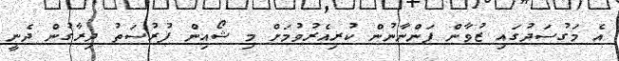
އެ މަގުސަދުގައި ޒުވާން ފަންނާނުން ކުރިއެރުވުމަށް މި ޝޯއިން ފުރުސަތު ދިރާގުން ދެނީ